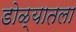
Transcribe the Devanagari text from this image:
डोळ्यातला